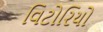
વિટોરિયો